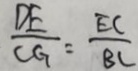
\frac { D E } { C G } = \frac { E C } { B C }